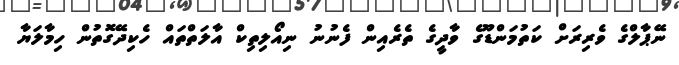
ނޭޕާލްގެ ވެރިރަށް ކަތުމަންޑޫގެ ވާދީގެ ތެރެއިން ފެނުނު ނިއޯލިތިކް އާލަތްތައް ހެކިދޭގޮތުން ހިމާލަޔާ